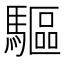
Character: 驅